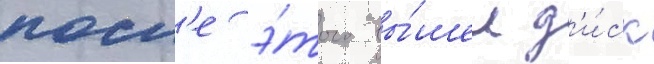
посл'е э́того вы́шел д'и́ск